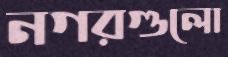
নগরগুলো